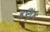
કણક